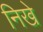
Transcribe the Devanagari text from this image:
निखे